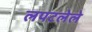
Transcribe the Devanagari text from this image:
लपटलेले